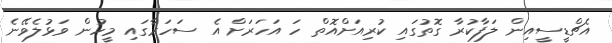
އެޗްޑީސީއިން ލަފާކުރާ ގޮތުގައި ކުރިއަށްއޮތް ހަ އަހަރަށް އެ ސަހަރާގައި މީހުން ވަޅުލެވޭނެ